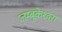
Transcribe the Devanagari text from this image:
जम्बूकेश्‍वरा